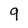
Character: 9